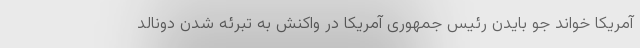
آمریکا خواند جو بایدن رئیس جمهوری آمریکا در واکنش به تبرئه شدن دونالد